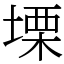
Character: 塛